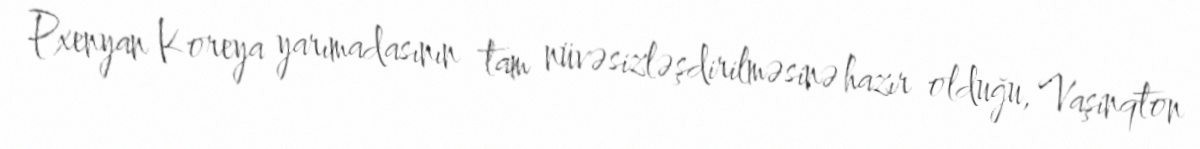
Pxenyan Koreya yarımadasının tam nüvəsizləşdirilməsinə hazır olduğu, Vaşinqton